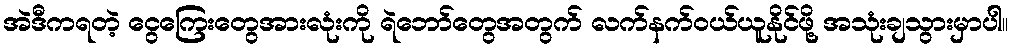
အဲဒီကရတဲ့ ငွေကြေးတွေအားလုံးကို ရဲဘော်တွေအတွက် လက်နက်ဝယ်ယူနိုင်ဖို့ အသုံးချသွားမှာပါ။